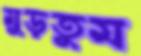
মুড়তুম